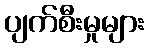
ပျက်စီးမှုများ